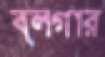
ব্লগার